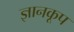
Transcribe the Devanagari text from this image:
ज्ञानकूप